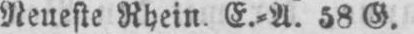
Neueste Rhein, E.⸗A. 58 G.